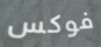
فوكس